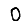
Digit: 0